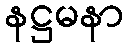
နဋ္ဌမနာ